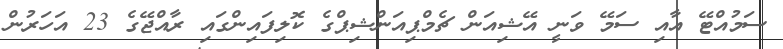
ސަމުއްޓޭ އާއި ސަމޭ ވަނީ އޭޝިއަން ޗެމްޕިއަންޝިޕްގެ ކޮލިފައިންގައި ރާއްޖޭގެ 23 އަހަރުން